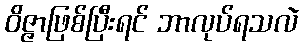
ဝိဇ္ဇာဖြစ်ပြီးရင် ဘာလုပ်ရသလဲ